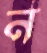
ন